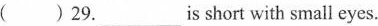
( )29.___is short with small eyes.